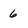
Character: 6